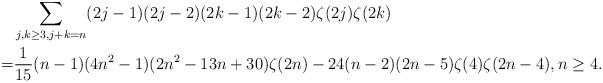
LaTeX: \begin{align*}\ & \sum_{j,k\ge 3, j+k=n} (2j-1)(2j-2) (2k-1)(2k-2)\zeta(2j)\zeta(2k) \\=&\frac{1}{15}(n-1)(4n^2-1)(2n^2-13n+30)\zeta(2n)- 24(n-2)(2n-5) \zeta(4)\zeta(2n-4), n\ge 4.\end{align*}